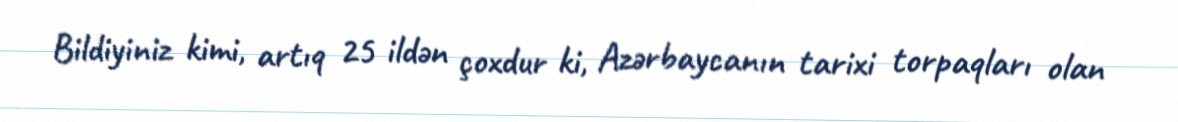
Bildiyiniz kimi, artıq 25 ildən çoxdur ki, Azərbaycanın tarixi torpaqları olan